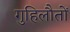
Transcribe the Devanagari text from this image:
गुहिलौतों